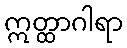
ဣတ္ထာဂါရာ